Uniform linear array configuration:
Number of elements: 32
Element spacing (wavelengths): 0.25
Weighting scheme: hann
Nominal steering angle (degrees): -30
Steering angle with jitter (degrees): -31.521
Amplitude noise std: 0.05
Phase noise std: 0.05

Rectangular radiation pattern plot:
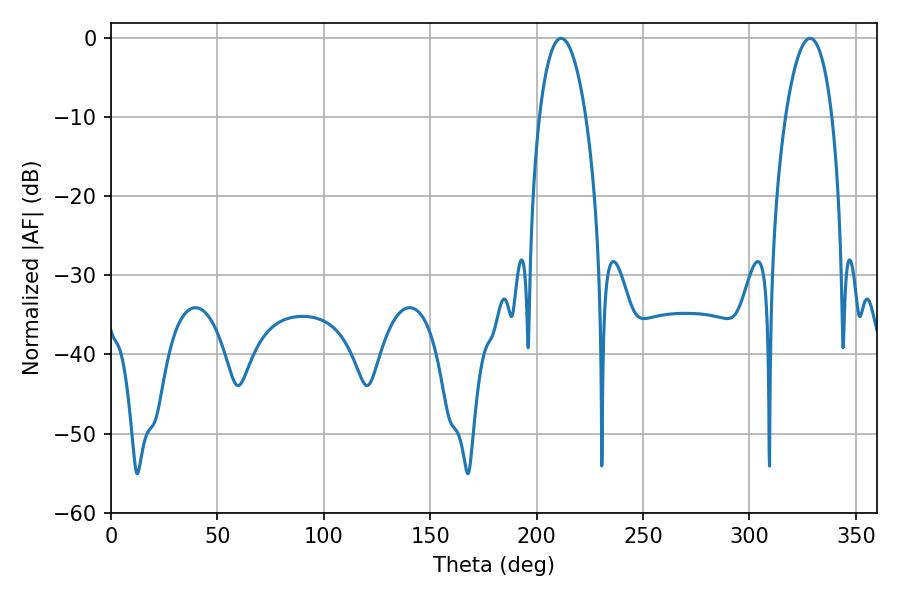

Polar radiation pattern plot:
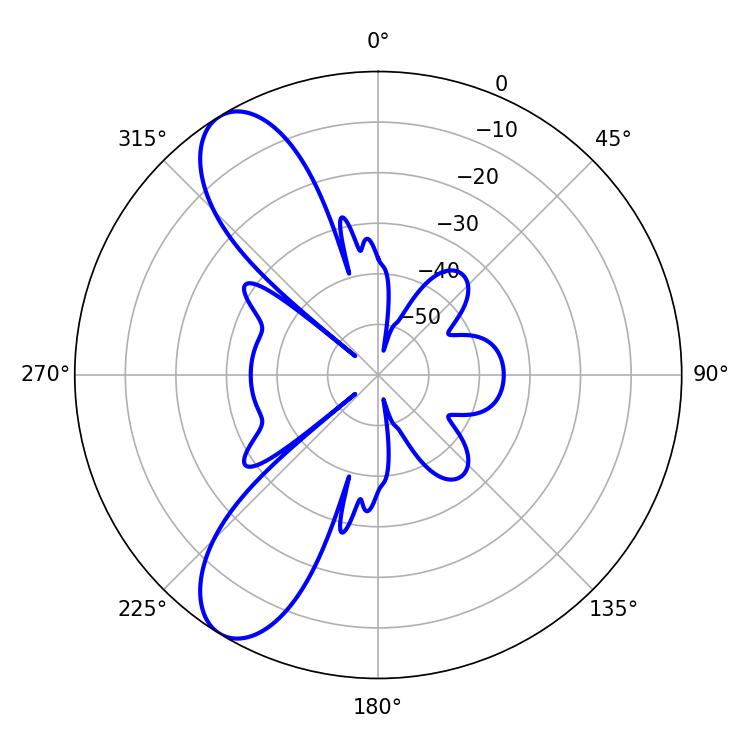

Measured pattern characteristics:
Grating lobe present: FALSE
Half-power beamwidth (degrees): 12.24
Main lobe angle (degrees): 211.5